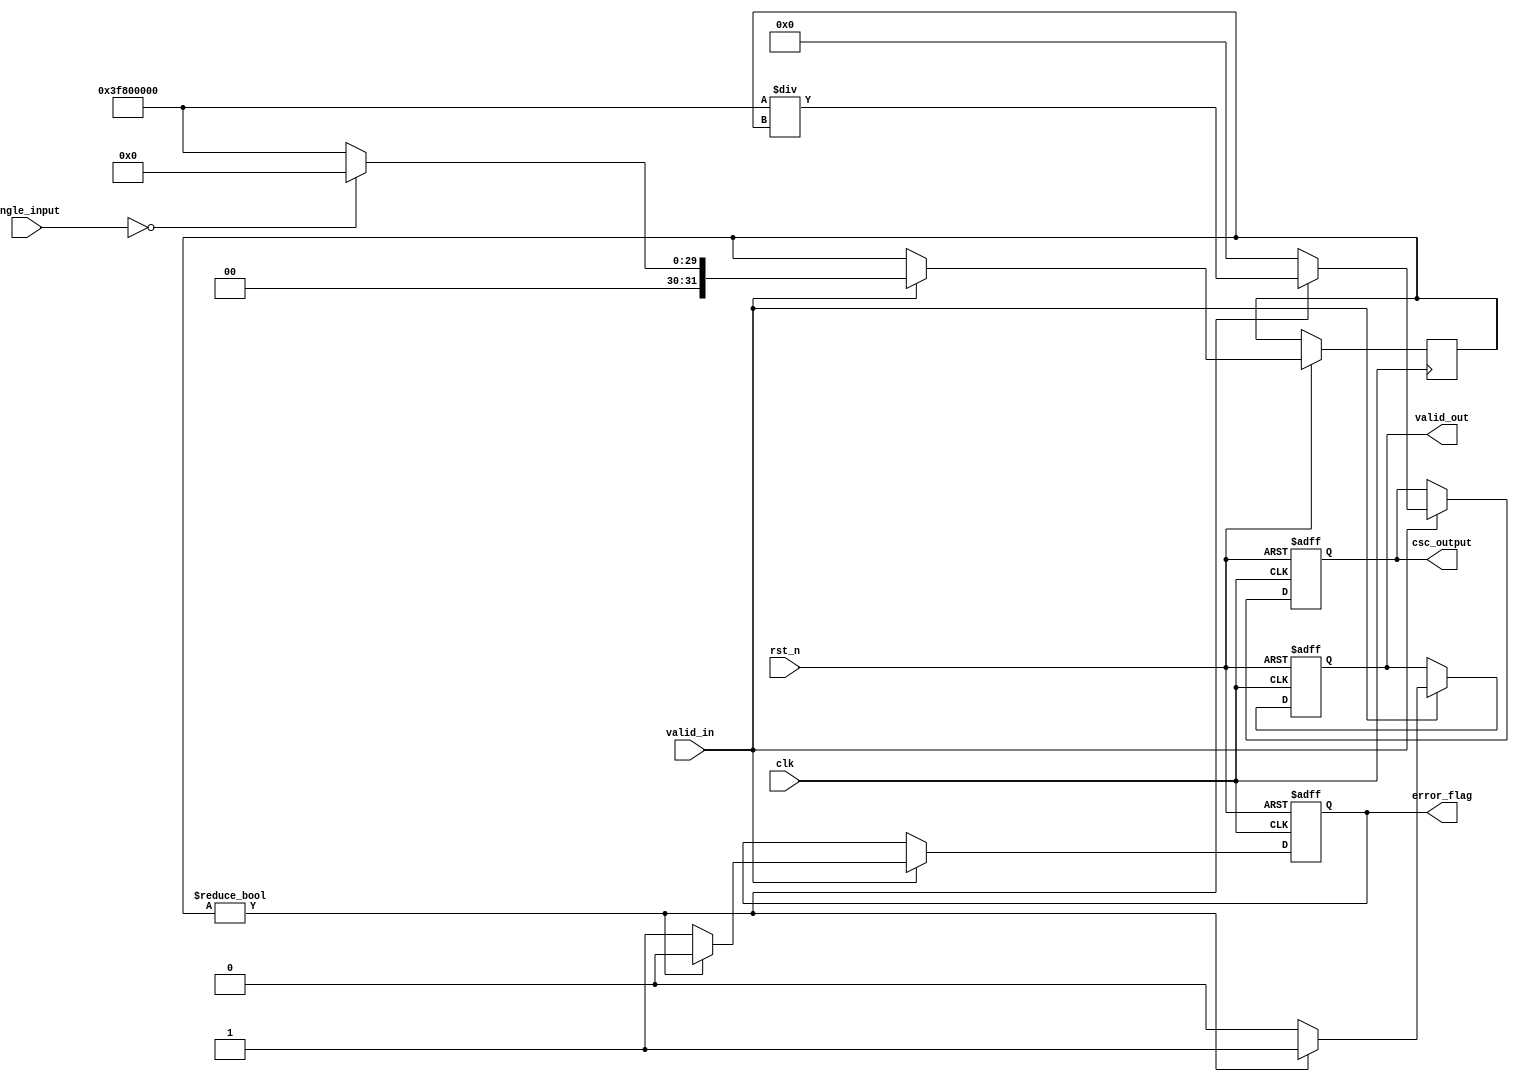
module csc_arithmetic_block (
    input wire clk,
    input wire rst_n,
    input wire [31:0] angle_input, // Input angle in fixed-point or floating-point format
    input wire valid_in,
    output reg [31:0] csc_output, // Cosecant output
    output reg valid_out, // Valid flag
    output reg error_flag // Error flag for division by zero
);

    reg [31:0] sine_value;
    wire [31:0] reciprocal_value;
    
    // Sine Calculation Block (LUT for example)
    function [31:0] sine_lookup;
        input [31:0] angle;
        begin
            // Simple Placeholder for LUT; actual implementation would vary
            // For the purpose of this example, let's assume it returns 0 for angle = 0
            if (angle == 32'h00000000)
                sine_lookup = 32'h00000000; // sine(0) = 0
            else
                sine_lookup = 32'h3F800000; // Placeholder sine value (1.0 in float format)
        end
    endfunction

    // Reciprocal Calculation (Div by Sine Value)
    function [31:0] reciprocal;
        input [31:0] value;
        begin
            if (value != 32'h00000000)
                reciprocal = 32'h3F800000 / value; // Simple division
            else
                reciprocal = 32'h00000000; // Avoid division by zero
        end
    endfunction
    
    always @(posedge clk or negedge rst_n) begin
        if (!rst_n) begin
            csc_output <= 32'h00000000; // Reset output
            valid_out <= 1'b0; // Reset valid flag
            error_flag <= 1'b0; // Reset error flag
        end else begin
            if (valid_in) begin
                sine_value <= sine_lookup(angle_input); // Compute sine value from angle
                if (sine_value != 32'h00000000) begin
                    csc_output <= reciprocal(sine_value); // Compute cosecant
                    valid_out <= 1'b1; // Set output valid
                    error_flag <= 1'b0; // No error
                end else begin
                    csc_output <= 32'h00000000; // Cosecant is undefined
                    valid_out <= 1'b0; // Output not valid
                    error_flag <= 1'b1; // Division by zero error
                end
            end
        end
    end
endmodule